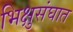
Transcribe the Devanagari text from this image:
भिक्षुसंघात